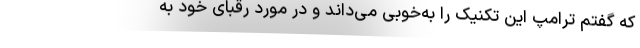
که گفتم ترامپ این تکنیک را به‌خوبی می‌داند و در مورد رقبای خود به